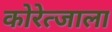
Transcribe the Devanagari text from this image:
कोरेत्जाला